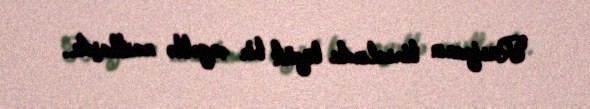
Rusiyanın timsalında böyük bir əngəllə rastlaşdı..